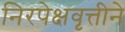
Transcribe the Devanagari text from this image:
निरपेक्षवृत्तीने